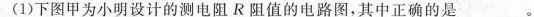
(1)下图甲为小明设计的测电阻R阻值的电路图，其中正确的是___。